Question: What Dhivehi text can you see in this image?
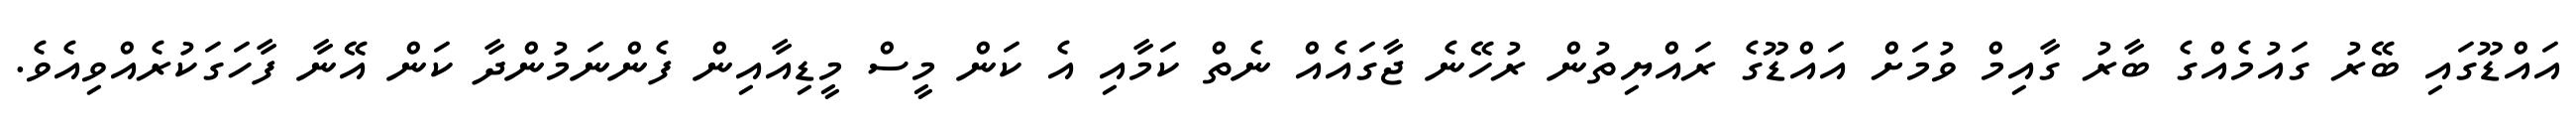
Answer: އައްޑޫގައި ބޭރު ގައުމެއްގެ ބާރު ގާއިމް ވުމަށް އައްޑޫގެ ރައްޔިތުން ރުހޭނެ ޖާގައެއް ނެތް ކަމާއި އެ ކަން މީސް މީޑިއާއިން ފެންނަމުންދާ ކަން އޭނާ ފާހަގަކުރެއްވިއެވެ.